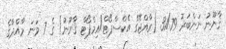
ޤާނޫނު ނަންބަރު 31/79 (ރާއްޖޭގެ އެކްސްޕޯޓް/އިމްޕޯޓް ޤާނޫނު) ގެ 7 ވަނަ މާއްދާގެ